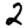
Digit: 2